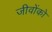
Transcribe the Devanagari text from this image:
जीवोंको